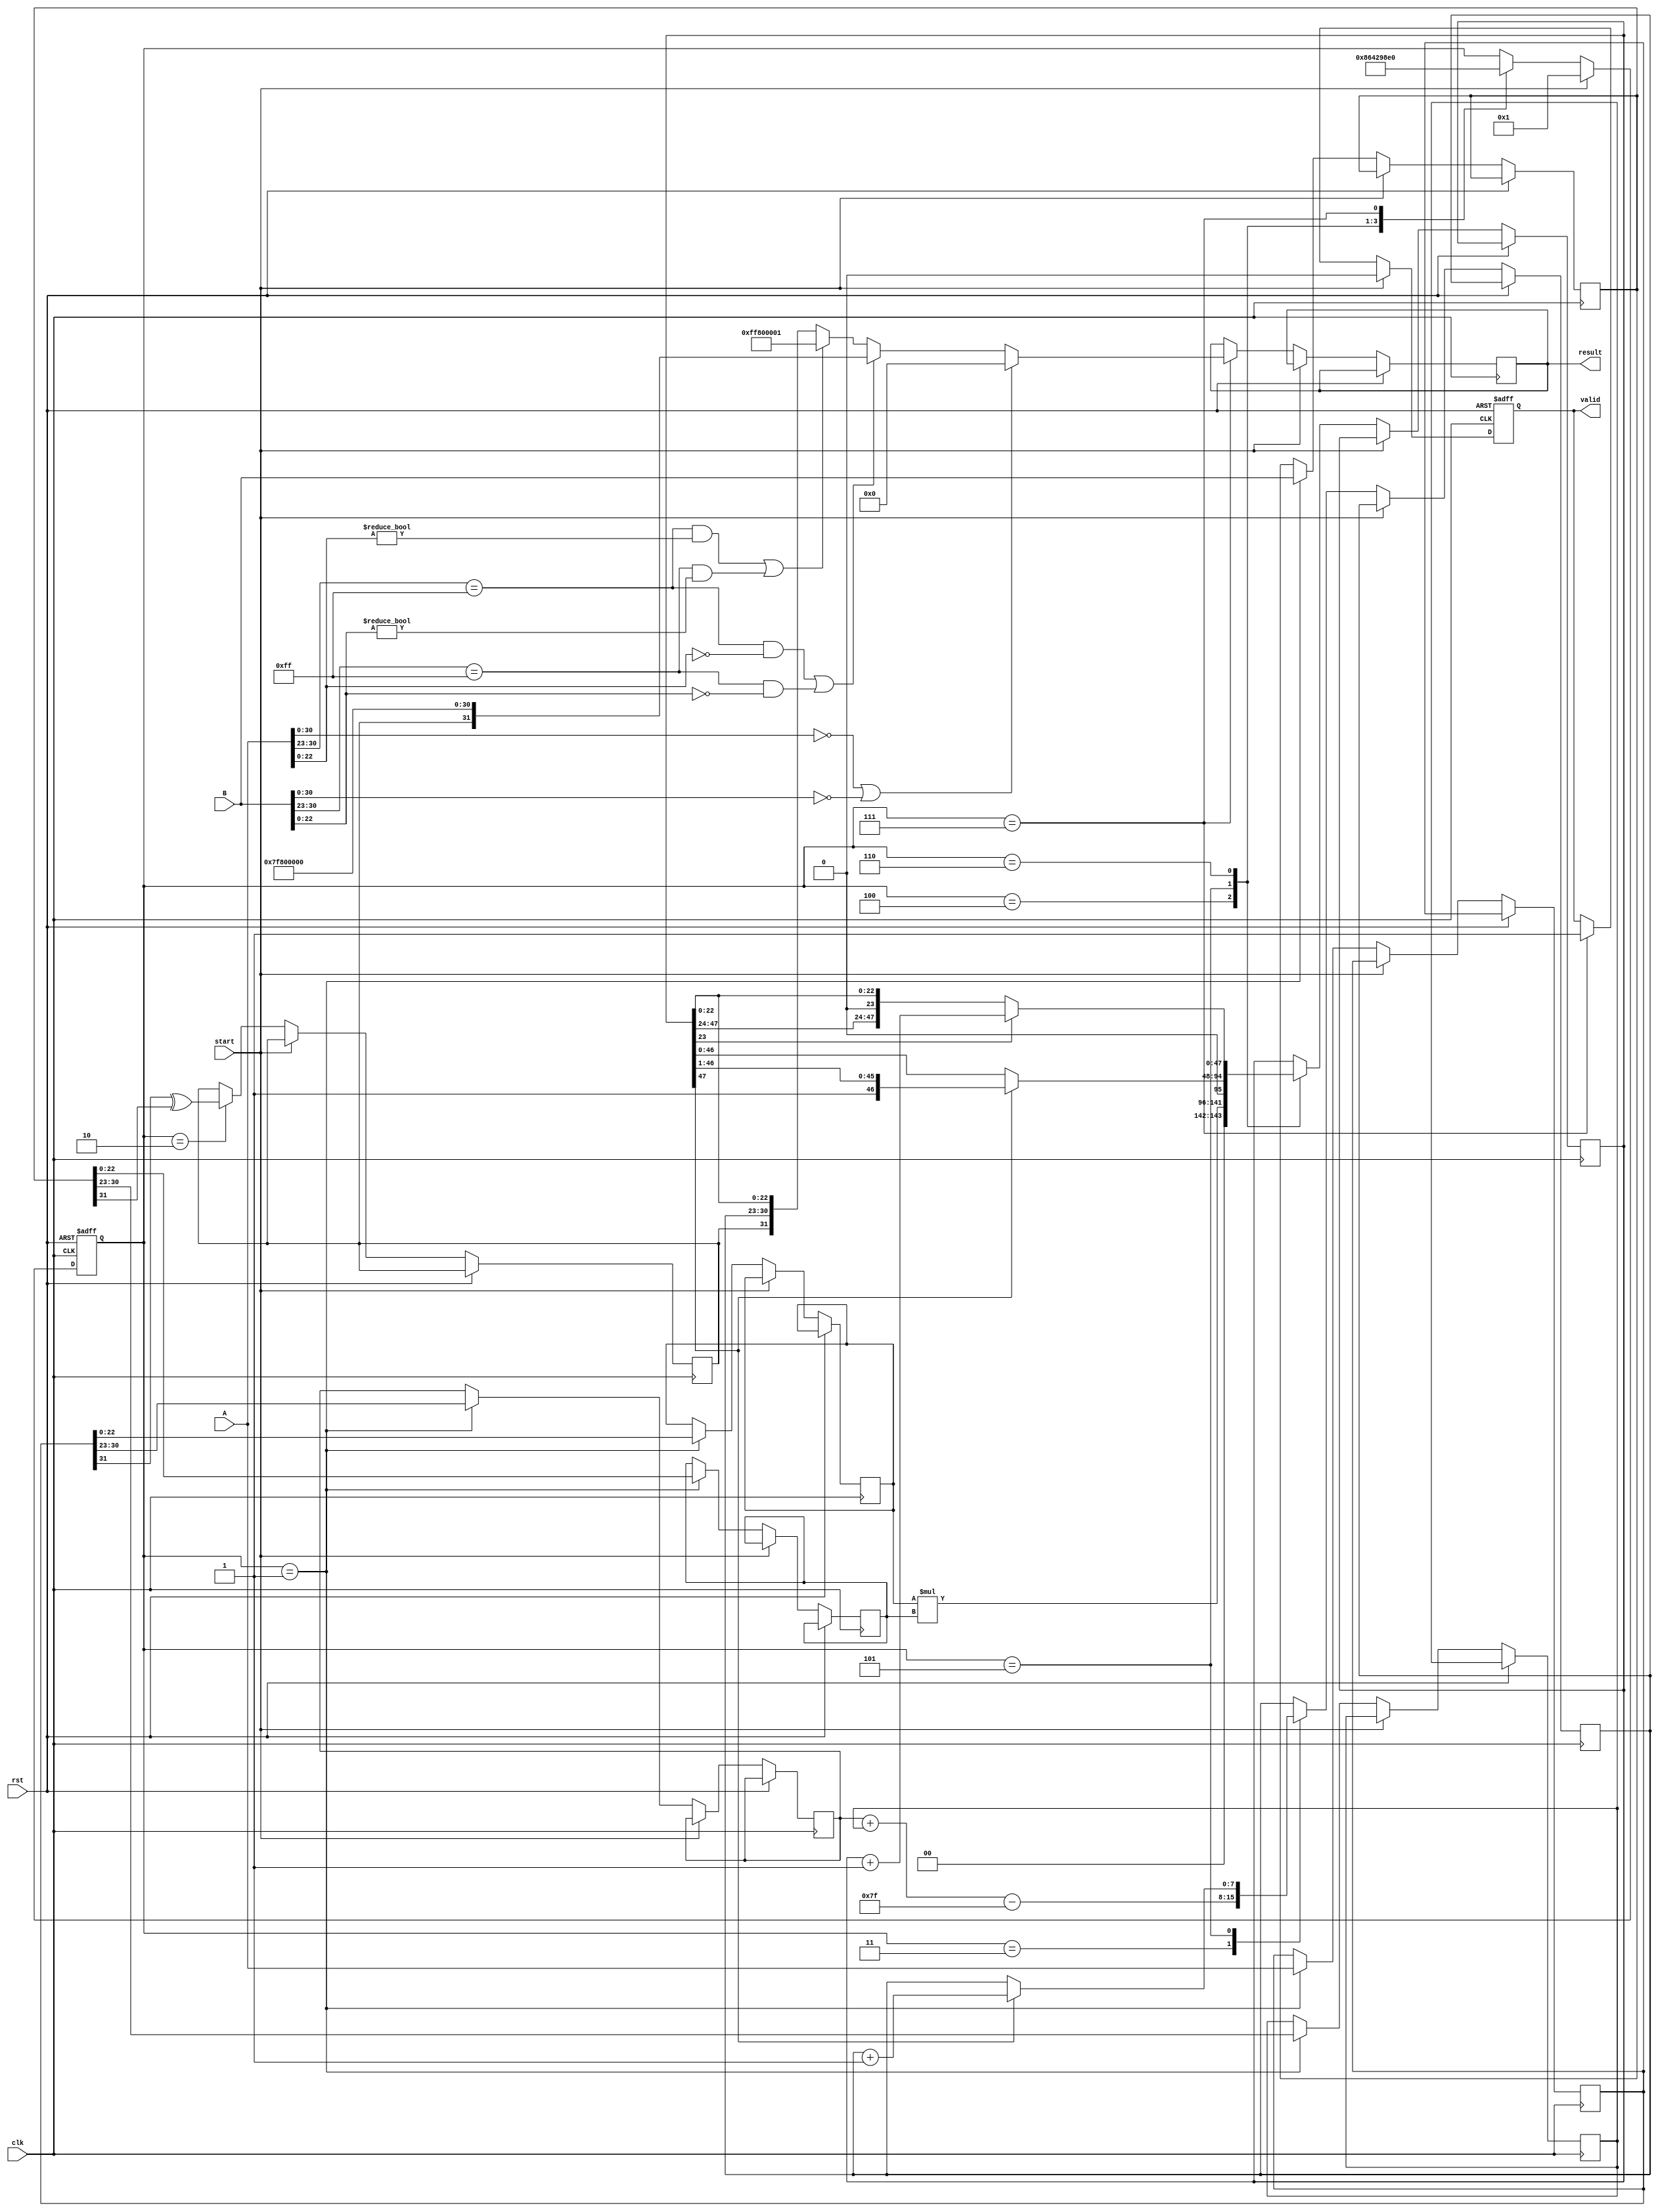
module floating_point_multiplier (
    input clk,
    input rst,
    input start,
    input [31:0] A, // Input A (32 bits: 1 sign, 8 exponent, 23 mantissa)
    input [31:0] B, // Input B (32 bits: 1 sign, 8 exponent, 23 mantissa)
    output reg [31:0] result, // Resulting floating-point number
    output reg valid // Output valid signal
);

    // Constants
    localparam BIAS = 127;

    // Pipeline registers
    reg [31:0] A_reg, B_reg;
    reg sign;
    reg [7:0] exponent;
    reg [47:0] mantissa; // 23+23=46 bits for mantissa multiplication, extra bit for rounding
    reg [7:0] exp_A, exp_B;
    reg [22:0] mant_A, mant_B;
    reg [4:0] stage; // Stage counter

    // Special case handling
    wire is_zero_A = (A[30:0] == 0);
    wire is_zero_B = (B[30:0] == 0);
    wire is_inf_A = (A[30:23] == 8'hFF) && (A[22:0] == 0);
    wire is_inf_B = (B[30:23] == 8'hFF) && (B[22:0] == 0);
    wire is_nan_A = (A[30:23] == 8'hFF) && (A[22:0] != 0);
    wire is_nan_B = (B[30:23] == 8'hFF) && (B[22:0] != 0);

    // Control logic
    always @(posedge clk or posedge rst) begin
        if (rst) begin
            stage <= 0;
            valid <= 0;
        end else if (start) begin
            stage <= 1; // Start the pipeline
            valid <= 0;
        end else begin
            case (stage)
                1: begin // Stage 1: Input Register
                    A_reg <= A;
                    B_reg <= B;
                    exp_A <= A_reg[30:23];
                    exp_B <= B_reg[30:23];
                    mant_A <= {1'b1, A_reg[22:0]}; // Implicit leading 1 for normalized
                    mant_B <= {1'b1, B_reg[22:0]}; // Implicit leading 1 for normalized
                    stage <= 2;
                end
                2: begin // Stage 2: Sign Calculation
                    sign <= A_reg[31] ^ B_reg[31];
                    stage <= 3;
                end
                3: begin // Stage 3: Exponent Calculation
                    exponent <= exp_A + exp_B - BIAS;
                    stage <= 4;
                end
                4: begin // Stage 4: Mantissa Multiplication
                    mantissa <= mant_A * mant_B;
                    stage <= 5;
                end
                5: begin // Stage 5: Normalization
                    if (mantissa[47]) begin
                        mantissa <= mantissa >> 1;
                        exponent <= exponent + 1;
                    end
                    stage <= 6;
                end
                6: begin // Stage 6: Rounding
                    // Simple rounding (round to nearest even)
                    if (mantissa[23]) begin
                        mantissa <= mantissa + 1;
                    end
                    stage <= 7;
                end
                7: begin // Stage 7: Output Register
                    // Handle special cases
                    if (is_zero_A || is_zero_B) begin
                        result <= 32'b0; // Result is zero
                    end else if (is_inf_A || is_inf_B) begin
                        result <= {sign, 8'hFF, 23'b0}; // Result is infinity
                    end else if (is_nan_A || is_nan_B) begin
                        result <= {1'b1, 8'hFF, 23'b1}; // Result is NaN
                    end else begin
                        result <= {sign, exponent[7:0], mantissa[22:0]}; // Combine result
                    end
                    valid <= 1; // Output is valid
                    stage <= 0; // Reset stage for next operation
                end
            endcase
        end
    end

endmodule